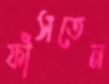
ফাঁসতেন